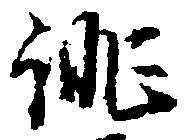
誂